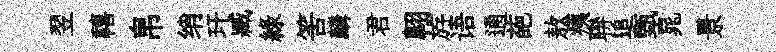
翌禧帛绡玕臧綠筈麟君翺斿语通葩敖痍聨追甄晁景